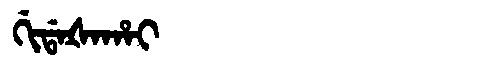
Manchu: ᡤᡳᡩᠠᡧᠠᡥᠠᡳ
Romanization: GIDAŠAHAI